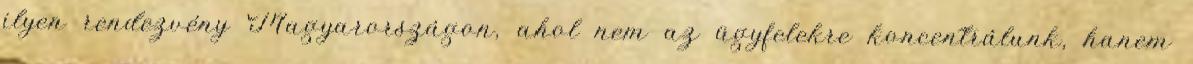
ilyen rendezvény Magyarországon, ahol nem az ügyfelekre koncentrálunk, hanem